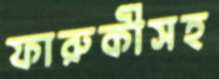
ফারুকীসহ